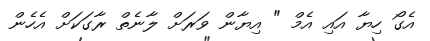
އެގޯ ހިޔާ އައި އެމް " އިޔާން ވަރަށް ލާނެތް ރާގަކަށް އެހެން